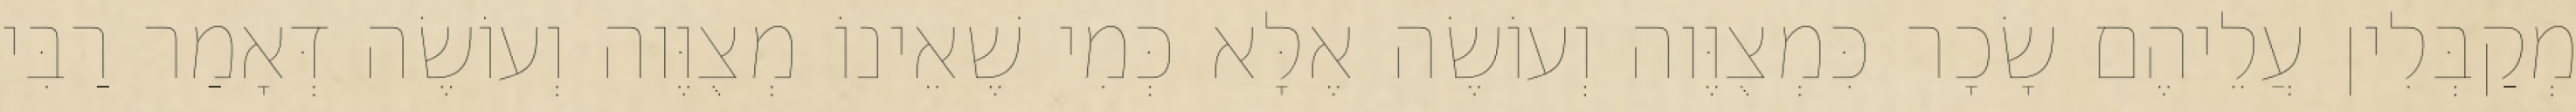
מְקַבְּלִין עֲלֵיהֶם שָׂכָר כִּמְצֻוֶּוה וְעוֹשֶׂה אֶלָּא כְּמִי שֶׁאֵינוֹ מְצֻוֶּוה וְעוֹשֶׂה דְּאָמַר רַבִּי